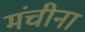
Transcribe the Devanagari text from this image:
मंचीना